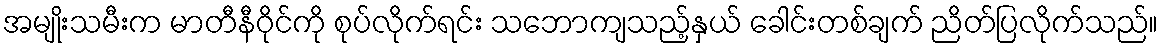
အမျိုးသမီးက မာတီနီဝိုင်ကို စုပ်လိုက်ရင်း သဘောကျသည့်နှယ် ခေါင်းတစ်ချက် ညိတ်ပြလိုက်သည်။